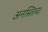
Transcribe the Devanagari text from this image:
अनस्तित्व।